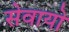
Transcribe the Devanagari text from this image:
सेवायो